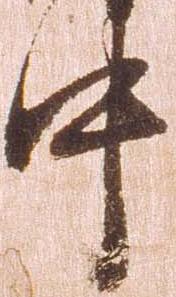
中